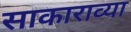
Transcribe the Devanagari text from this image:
साकाराव्या